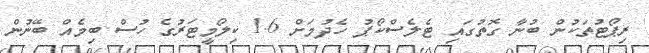
ރިޕޯޓުތަކުން ބުނާ ގޮތުގައި ޓެލެސްކޯޕު ހެދުމަށް 1.6 ކިލޯމީޓަރުގެ ހުސް ބިމެއް ބޭނުން